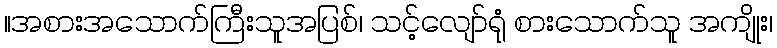
။အစားအသောက်ကြီးသူအပြစ်၊ သင့်လျော်ရုံ စားသောက်သူ အကျိုး၊